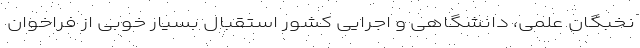
نخبگان علمی، دانشگاهی و اجرایی کشور استقبال بسیار خوبی از فراخوان